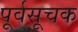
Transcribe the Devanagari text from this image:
पूर्वसूचक